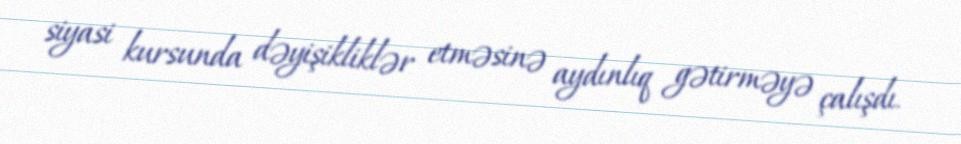
siyasi kursunda dəyişikliklər etməsinə aydınlıq gətirməyə çalışdı.